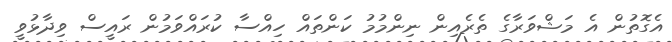
އެގޮތުން އެ މަޝްވަރާގެ ތެރެއިން ނިންމުމު ކަންތައް ހިއްސާ ކުރައްވަމުން ރައީސް ވިދާޅުވީ